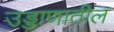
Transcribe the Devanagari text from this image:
उड्डाणातील